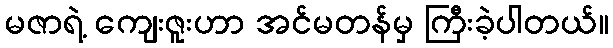
မဇာရဲ့ ကျေးဇူးဟာ အင်မတန်မှ ကြီးခဲ့ပါတယ်။